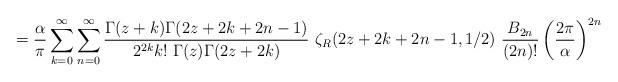
LaTeX: \begin{align*}={\alpha \over \pi}\sum_{k=0}^{\infty}\sum_{n=0}^{\infty} {\Gamma(z+k)\Gamma(2z+2k+2n-1) \over 2^{2k}k!~\Gamma(z)\Gamma(2z+2k)}~\zeta_R(2z+2k+2n-1,1/2)~{B_{2n} \over (2n)!}\left({2\pi \over \alpha}\right)^{2n}\end{align*}